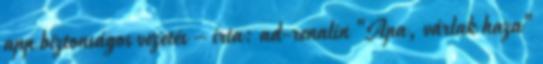
app biztonságos vezetés – írta: ad-renalin "Apa, várlak haza"